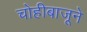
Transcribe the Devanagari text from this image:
चोहीबाजूने